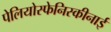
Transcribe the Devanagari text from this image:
पेलियोस्फेनिस्कीनाई